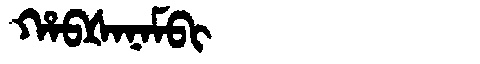
Manchu: ᡥᠠᠪᡧᠠᠨᠠᠮᠪᡳ
Romanization: HABŠANAMBI